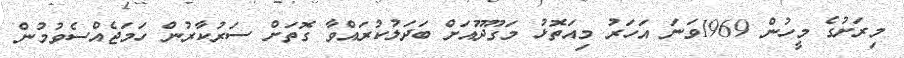
މިރަށުގެ މީހުން 1969ވަނަ އަހަރު މިއަތޮޅު މަގޫދޫއަށް ބަދަލުކުރައްވާ ގޮތަށް ސަރުކާރުން ހަމަޖެއްސެވުމުން